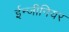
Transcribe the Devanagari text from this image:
ईन्जीनियर